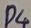
Text: D4